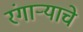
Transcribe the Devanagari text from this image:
रंगाऱ्याचे